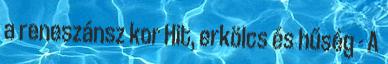
a reneszánsz kor Hit, erkölcs és hűség - A